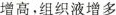
增高，组织液增多